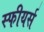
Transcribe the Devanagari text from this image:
स्फीयर्स